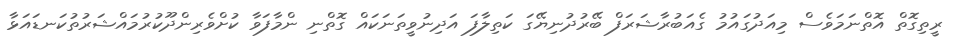
ރީތިގޮތް އޮތްނަމަވެސް މިއަދުގައުމު ގެއަބުރާޝަރަފް ބޭރުދުނިޔޭގަ ކަތިލާފަ އަދިނުވީތަނަކައް ގޮތްނި ންމާފަވާ ކުށްވެރިންދޫކުރުމައްޝަރުތުކަނޑައަޅާ